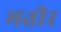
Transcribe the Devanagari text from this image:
मतीर